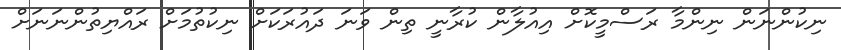
ނިކުންނަން ނިންމާ ރަސްމީކޮށް އިއުލާން ކުރާނީ ތިން ވަނަ ދައުރަކަށް ނިކުތުމަށް ރައްޔިތުންނަނަށް